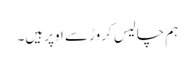
ہم چالیس کروڑ سے اوپر ہیں۔